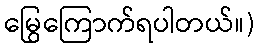
မြွေကြောက်ရပါတယ်။)